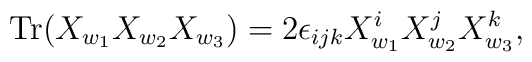
{\rm Tr}(X_{w_1} X_{w_2} X_{w_3}) = 2 \epsilon_{ijk} X_{w_1}^i X_{w_2}^j X_{w_3}^k,